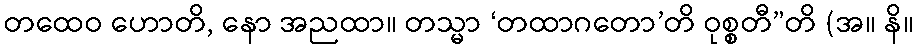
တထေဝ ဟောတိ, နော အညထာ။ တသ္မာ ‘တထာဂတော’တိ ဝုစ္စတီ”တိ (အ။ နိ။